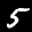
Label: 5